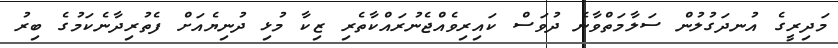
މަދިރީގެ އުނދަގުލުން ސަލާމަތްވާނެ ދުވަސް ކައިރިވެއްޖެނުރައްކާތެރި ޒިކާ މުޅި ދުނިޔެއަށް ފެތުރިދާނެކަމުގެ ބިރު